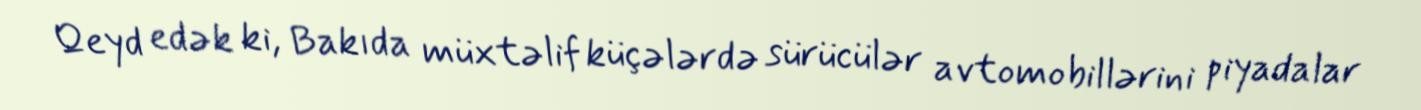
Qeyd edək ki, Bakıda müxtəlif küçələrdə sürücülər avtomobillərini piyadalar